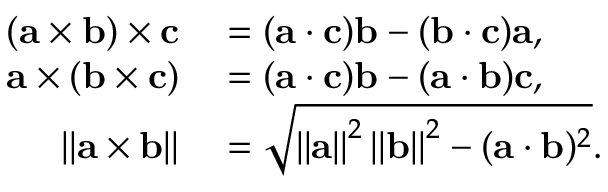
\begin{array} { r l } { ( \mathbf { a } \times \mathbf { b } ) \times \mathbf { c } } & { { } = ( \mathbf { a } \cdot \mathbf { c } ) \mathbf { b } - ( \mathbf { b } \cdot \mathbf { c } ) \mathbf { a } , } \\ { \mathbf { a } \times ( \mathbf { b } \times \mathbf { c } ) } & { { } = ( \mathbf { a } \cdot \mathbf { c } ) \mathbf { b } - ( \mathbf { a } \cdot \mathbf { b } ) \mathbf { c } , } \\ { \left\| \mathbf { a } \times \mathbf { b } \right\| } & { { } = { \sqrt { \left\| \mathbf { a } \right\| ^ { 2 } \left\| \mathbf { b } \right\| ^ { 2 } - ( \mathbf { a } \cdot \mathbf { b } ) ^ { 2 } } } . } \end{array}